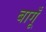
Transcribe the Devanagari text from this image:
बागूँ